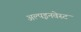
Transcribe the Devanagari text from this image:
अल्पइनवेस्ट